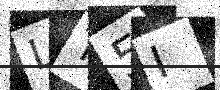
Text: LT5I